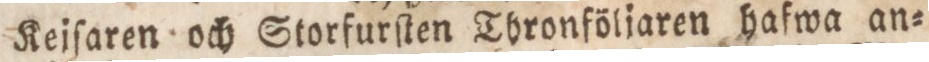
Keiſaren och Storfurſten Thronföljaren hafwa an=